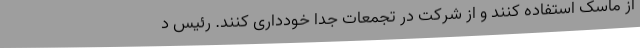
از ماسک استفاده کنند و از شرکت در تجمعات جدا خودداری کنند. رئیس د